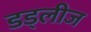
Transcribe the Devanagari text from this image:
डड्लीज